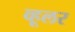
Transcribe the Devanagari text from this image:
व्हूलर